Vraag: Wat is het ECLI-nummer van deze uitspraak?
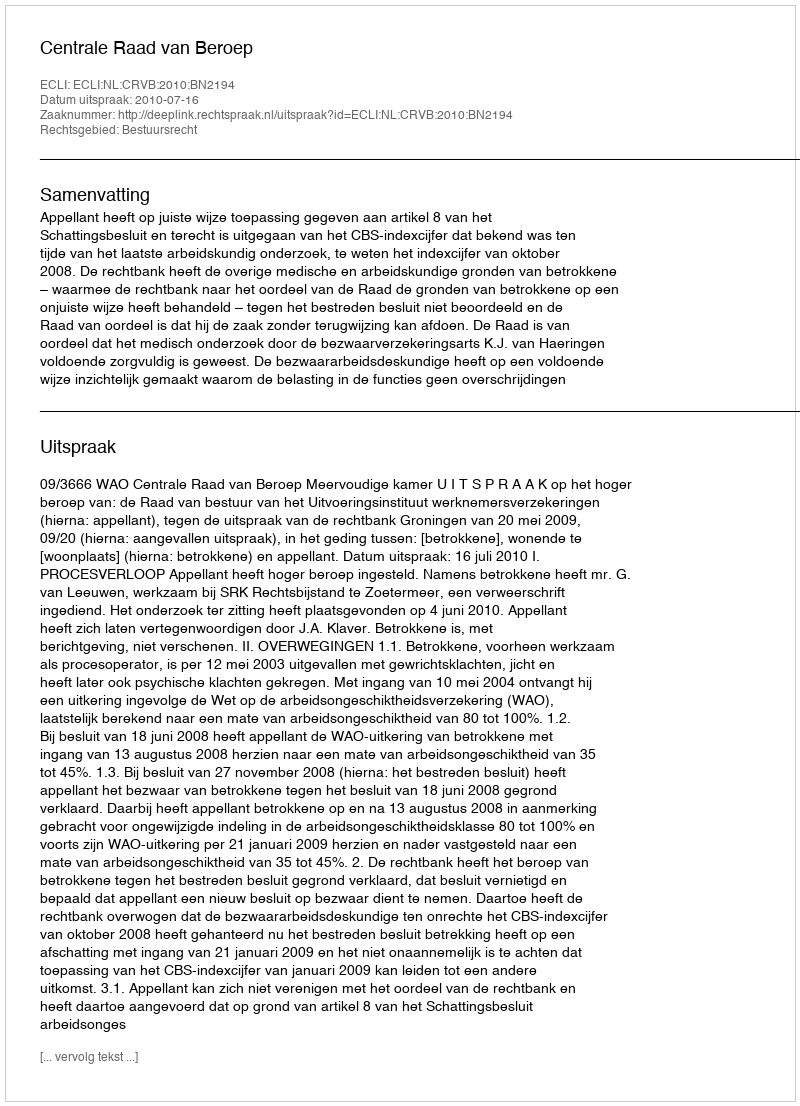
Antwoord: ECLI:NL:CRVB:2010:BN2194